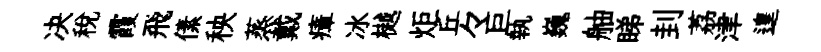
决税霞飛傃秧蒸戴瘴冰樾炬丘々巨執巍舳睇刲荔津遑